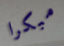
مبكرا